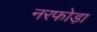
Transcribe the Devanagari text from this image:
नरफोड़ा